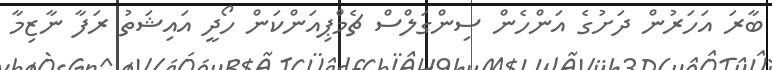
ބާރަ އަހަރުން ދަށުގެ އަންހެން ސިންގަލްސް ޗެމްޕިއަންކަން ހޯދީ އައިޝަތު ރަފާ ނާޒިމާ